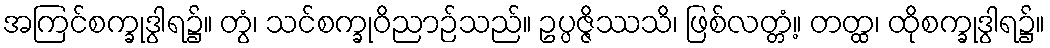
အကြင်စက္ခုဒွါရ၌။ တွံ၊ သင်စက္ခုဝိညာဉ်သည်။ ဥပ္ပဇ္ဇိဿသိ၊ ဖြစ်လတ္တံ့။ တတ္ထ၊ ထိုစက္ခုဒွါရ၌။